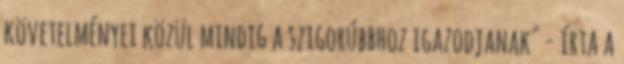
követelményei közül mindig a szigorúbbhoz igazodjanak" - írta a